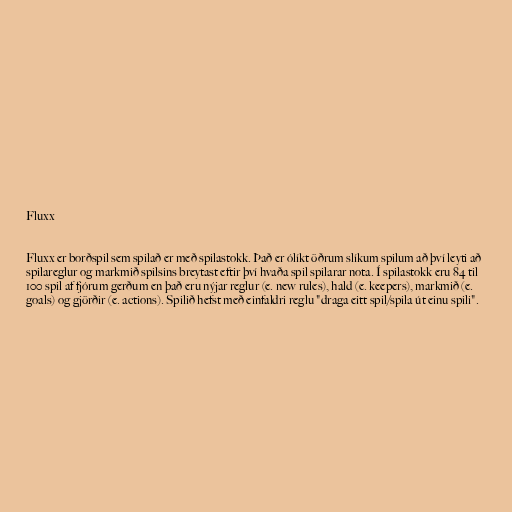
Fluxx

Fluxx er borðspil sem spilað er með spilastokk. Það er ólíkt öðrum slíkum spilum að því leyti að
spilareglur og markmið spilsins breytast eftir því hvaða spil spilarar nota. Í spilastokk eru 84 til
100 spil af fjórum gerðum en það eru nýjar reglur (e. new rules), hald (e. keepers), markmið (e.
goals) og gjörðir (e. actions). Spilið hefst með einfaldri reglu "draga eitt spil/spila út einu spili".